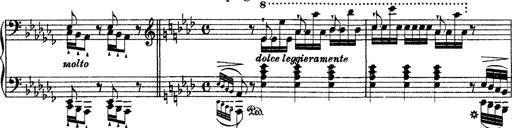
Title: Ã‰tudes d'exÃ©cution transcendante d'aprÃ¨s Paganini
Composer: Franz Liszt